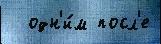
  одн'и́м посл'е